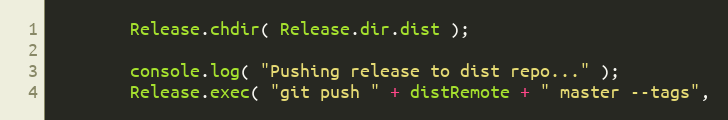
Language: JavaScript
		Release.chdir( Release.dir.dist );

		console.log( "Pushing release to dist repo..." );
		Release.exec( "git push " + distRemote + " master --tags",